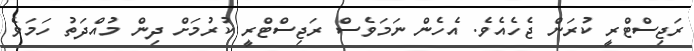
ރަޖިސްޓްރީ ކުރަން ޖެހެއެވެ. އެހެން ނަމަވެސް ރަޖިސްޓްރީ ކުރުމަށް ދިން މުއްދަތު ހަމަވެ